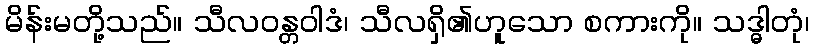
မိန်းမတို့သည်။ သီလဝန္တဝါဒံ၊ သီလရှိ၏ဟူသော စကားကို။ သဒ္ဓါတုံ၊